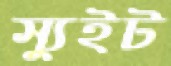
স্যুইট